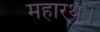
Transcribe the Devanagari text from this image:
महारथ।